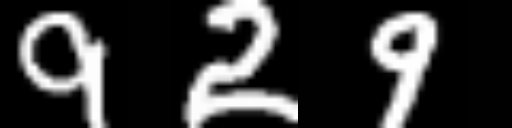
Text: 929